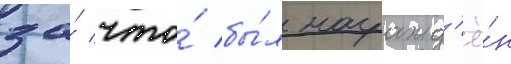
за́ что́ бы́л награжд'ё́н